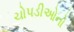
ચોપડીઓનો